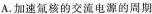
A. 加速氚核的交流电源的周期